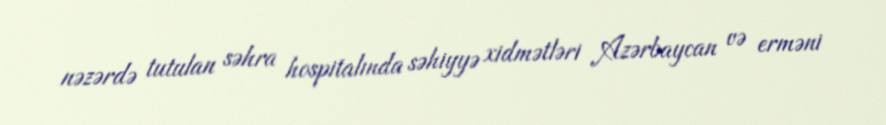
nəzərdə tutulan səhra hospitalında səhiyyə xidmətləri Azərbaycan və erməni